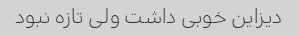
دیزاین خوبی داشت ولی تازه نبود